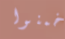
خمنوا